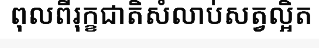
ពុលពីរុក្ខជាតិសំលាប់សត្វល្អិត